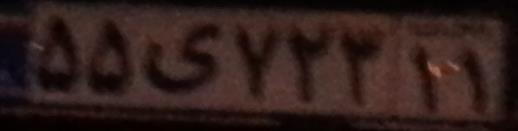
۵۵ی۷۲۳۱۱